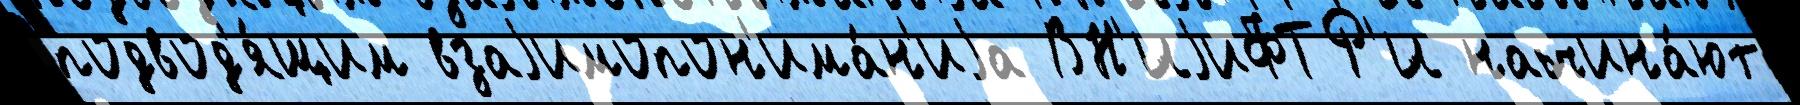
подвод'я́щим взаjимопон'има́н'иjа ВН'ИjиФТР'И начина́ют